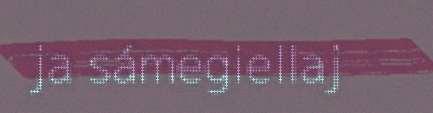
ja sámegiellaj